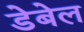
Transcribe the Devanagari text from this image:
डेबेल